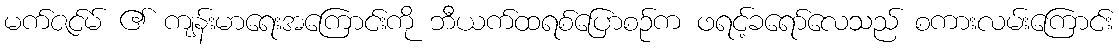
မက်ဇင်မ် ၏ ကျန်းမာရေးအကြောင်းကို ဘီယက်ထရစ်ပြောစဉ်က ဖရင့်ခရော်လေသည် စကားလမ်းကြောင်း